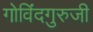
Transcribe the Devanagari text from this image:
गोविंदगुरुजी